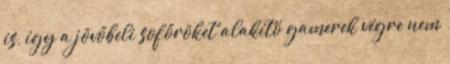
is, így a jövőbeli sofőröket alakító gamerek végre nem